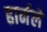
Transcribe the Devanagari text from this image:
हार्नले